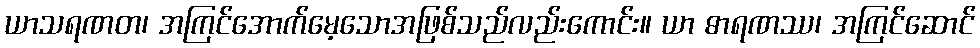
ယာသရဏတ၊ အကြင်အောက်မေ့သောအဖြစ်သည်လည်းကောင်း။ ယာ ဓာရဏဿ၊ အကြင်ဆောင်